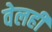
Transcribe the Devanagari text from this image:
वेलही